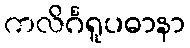
ကလိင်္ဂရူပဓာနာ